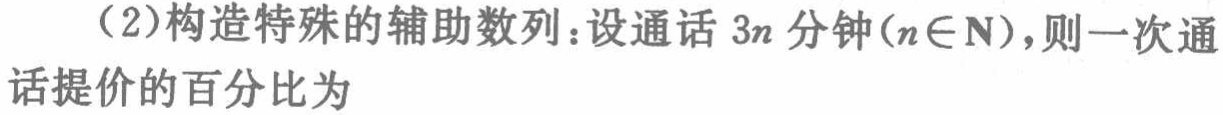
（2）构造特殊的辅助数列：设通话 \(3n\) 分钟\((n\in \mathbf{N})\)，则一次通话提价的百分比为